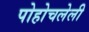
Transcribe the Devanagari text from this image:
पोहोचलेली